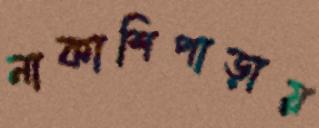
নাকাশিপাড়ায়